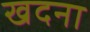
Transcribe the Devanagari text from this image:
खदना